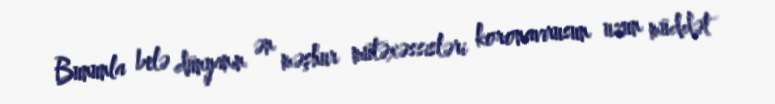
Bununla belə dünyanın ən məşhur mütəxəssisləri koronavirusun uzun müddət